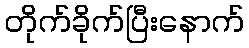
တိုက်ခိုက်ပြီးနောက်